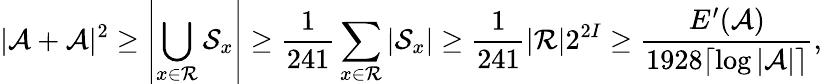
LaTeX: |\mathcal{A}+\mathcal{A}|^{2}\geq\left|\bigcup_{x\in\mathcal{R}}\mathcal{S}_{x}\right|\geq\frac{1}{241}\sum_{x\in\mathcal{R}}\left|\mathcal{S}_{x}\right|\geq\frac{1}{241}|\mathcal{R}|2^{2I}\geq\frac{E^{\prime}(\mathcal{A})}{1928\lceil\log|\mathcal{A}|\rceil},